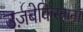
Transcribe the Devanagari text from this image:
उज़बेकिस्तान।